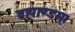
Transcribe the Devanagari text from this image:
ब्रह्माण्डम्।